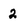
Character: 2